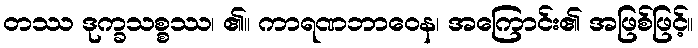
တဿ ဒုက္ခသစ္စဿ၊ ၏။ ကာရဏဘာဝေန၊ အကြောင်း၏ အဖြစ်ဖြင့်။